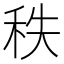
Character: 秩